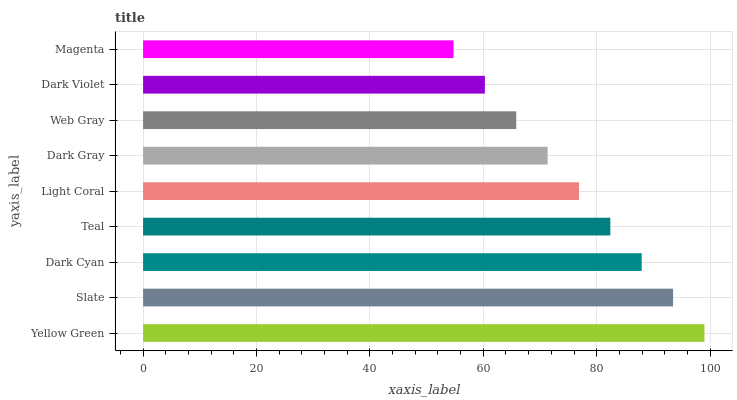
| yaxis_label | bars |
 | --- | --- |
 | Yellow Green | 99 |
 | Slate | 93.5 |
 | Dark Cyan | 87.9 |
 | Teal | 82.4 |
 | Light Coral | 76.9 |
 | Dark Gray | 71.3 |
 | Web Gray | 65.8 |
 | Dark Violet | 60.3 |
 | Magenta | 54.7 |